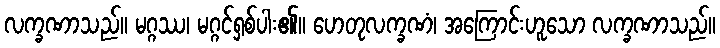
လက္ခဏာသည်။ မဂ္ဂဿ၊ မဂ္ဂင်ရှစ်ပါး၏။ ဟေတုလက္ခဏံ၊ အကြောင်းဟူသော လက္ခဏာသည်။